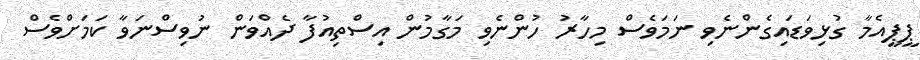
ޕީޕީއެމާ ގުޅިވަޑައިގެންނެވި ނަމަވެސް މިހާރު ހުންނެވި މަގާމުން އިސްތިއުފާ ދެއްވަން ނުވިސްނަވާ ކަމަށްވެސް